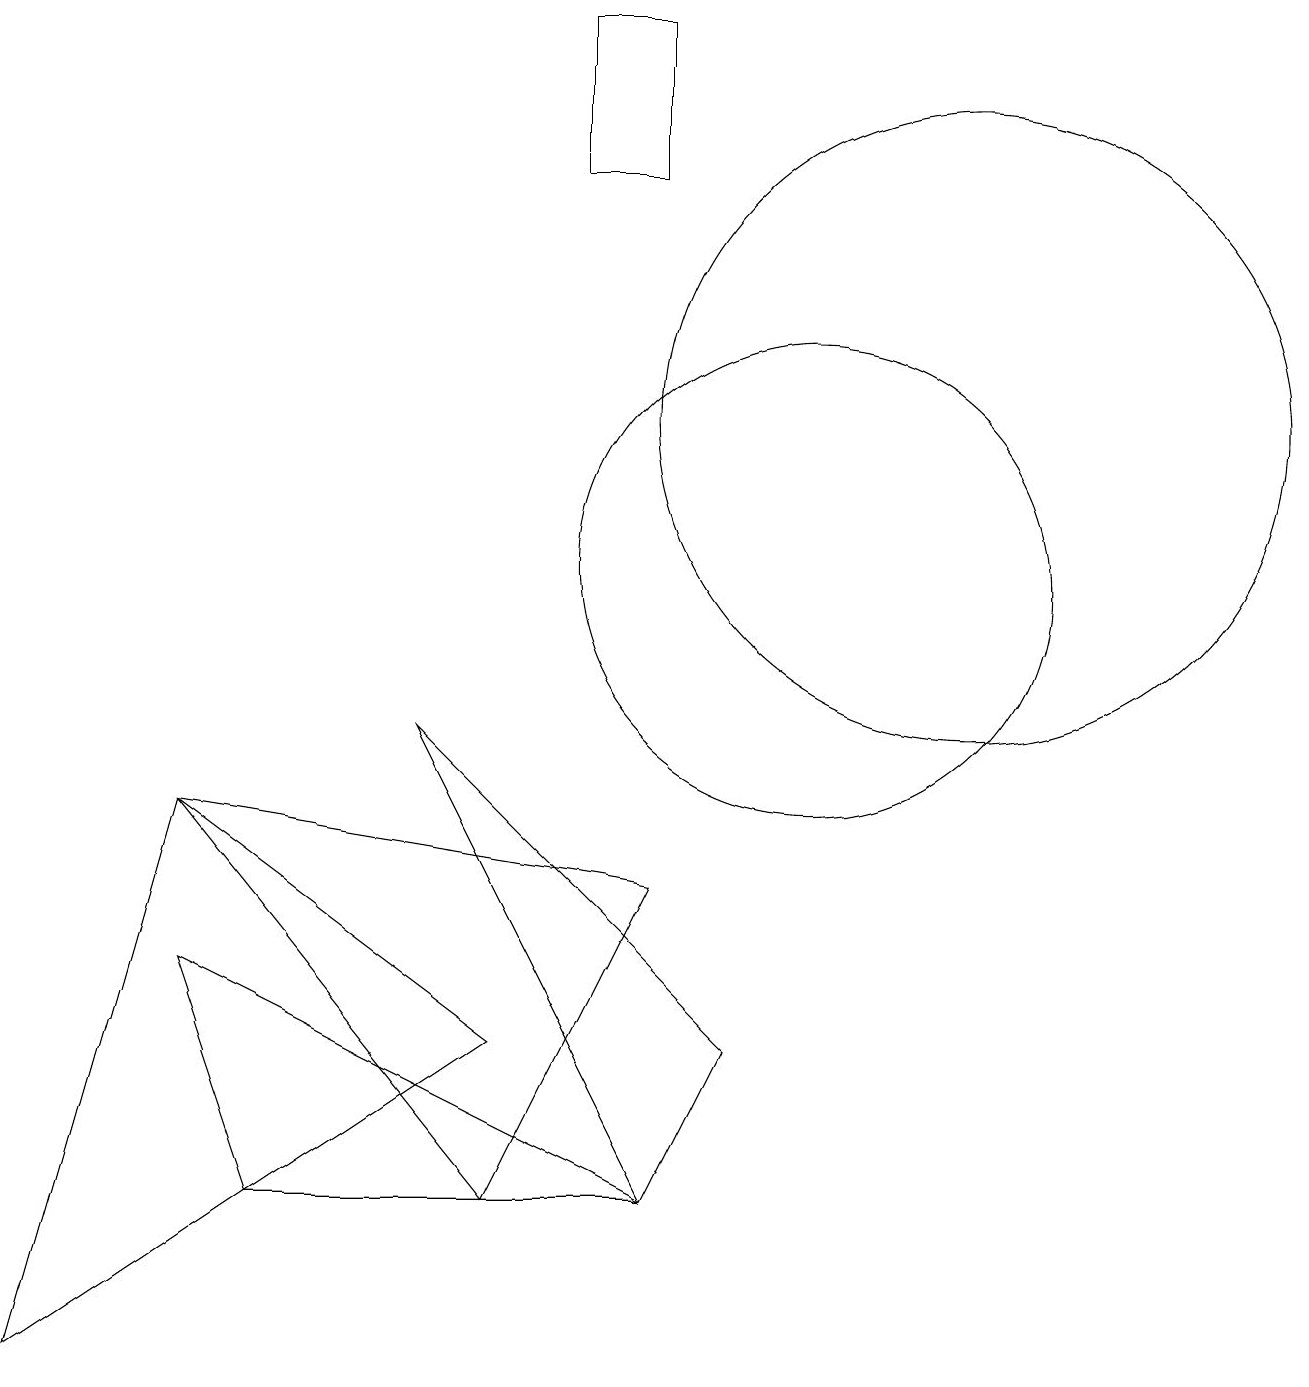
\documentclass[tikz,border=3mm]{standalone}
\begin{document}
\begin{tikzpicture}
\draw (12,12) circle (4);
\draw (2,7) -- (6,2) -- (8,6) -- cycle;
\draw (6,4) -- (0,0) -- (2,7) -- cycle;
\draw (2,5) -- (3,2) -- (8,2) -- cycle;
\draw (8,2) -- (5,8) -- (9,4) -- cycle;
\draw (10,10) circle (3);
\draw (7,15) rectangle (8,17);
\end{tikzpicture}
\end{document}